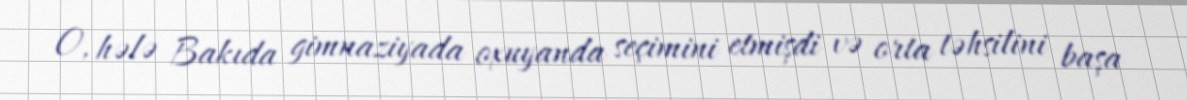
O, hələ Bakıda gimnaziyada oxuyanda seçimini etmişdi və orta təhsilini başa